Vaccination in Bombay 1902-1912 - 1902-1912
Year: 1902
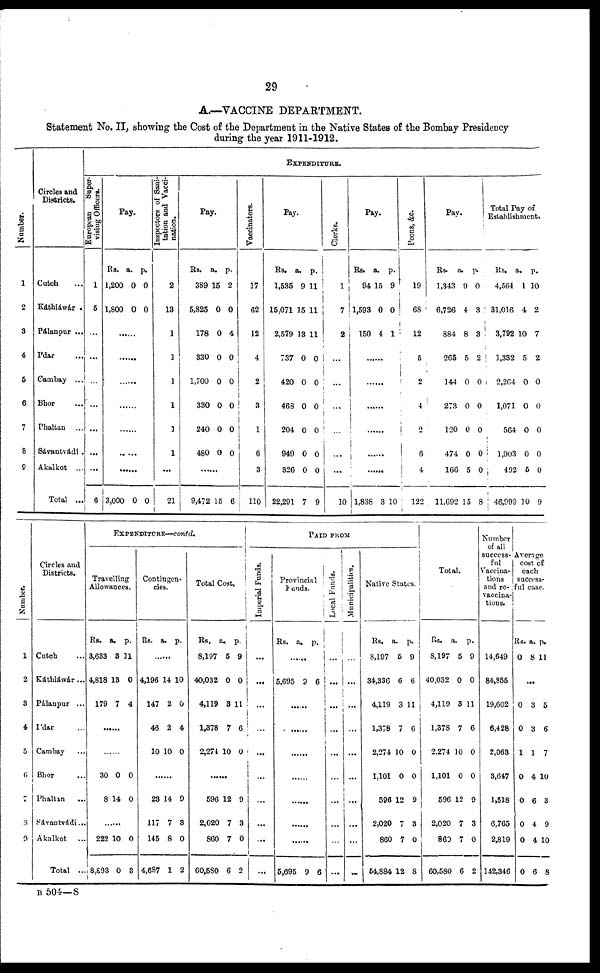
29
A.—VACCINE DEPARTMENT.
Statement No. II, showing the Cost of the Department in the Native States of the Bombay Presidency
during the year 1911-1912.
Number.
1
2
3
4
5
6
7
8
9
Circles and
Districts.
Cutch ...
Káthiáwár .
Pálanpur ...
Ídar ...
Cambay ...
Bhor ...
Phaltan ...
Sávantvadi .
Akalkot ...
Total ...
EXPENDITURE.
European
Super-
vising Officers.
1
5
...
...
...
...
...
...
...
6
Pay.
Rs.
1,200
1,800
a.
0
0
p.
0
0
......
......
......
......
......
......
......
3,000 0 0
Inspectors of Sani-
tation and Vacci-
nation.
2
13
1
1
1
1
1
1
...
21
Pay.
Rs.
389
5,825
178
330
1,700
330
240
480
a.
15
0
0
0
0
0
0
0
p.
2
0
4
0
0
0
0
0
......
9,472 15 6
Vaccinators.
17
62
12
4
2
3
1
6
3
110
Pay.
Rs.
1,535
15,071
2,579
737
420
468
204
949
326
22,291
a.
9
15
13
0
0
0
0
0
0
7
p.
11
11
11
0
0
0
0
0
0
9
Clerks.
1
7
2
...
...
...
...
...
...
10
Pay.
Rs.
94
1,593
150
a.
15
0
4
p.
9
0
1
......
......
......
......
......
......
1,838 3 10
Peons, &c.
19
68
12
5
2
4
2
6
4
122
Pay.
Rs.
1,343
6,726
884
265
144
273
120
474
166
11,692
a.
9
4
8
5
0
0
0
0
5
15
p.
0
3
3
2
0
0
0
0
0
8
Total Pay of
Establishment.
Rs.
4,564
31,016
3,792
1,332
2,264
1,071
564
1,903
492
46,999
a.
1
4
10
5
0
0
0
0
5
10
p.
10
2
7
2
0
0
0
0
0
9
Number.
1
2
3
4
5
6
7
8
9
Circles and
Districts.
Cutch ...
Káthiáwár...
Pálanpur ...
Ídar ...
Cambay ...
Bhor ...
Phaltan
...
Sávantvádi...
Akalkot
...
Total ...
EXPENDITURE—contd.
Travelling
Allowances.
Rs.
3,633
4,818
179
a.
3
13
7
p.
11
0
4
......
......
30
8
0
14
0
0
......
222
8,893
10
0
0
3
Contingen-
cies.
Rs.
a.
p.
......
4,196
147
46
10
14
2
2
10
10
0
4
0
......
23
117
145
4,687
14
7
8
1
9
3
0
2
Total Cost.
Rs.
8,197
40,032
4,119
1,378
2,274
a.
5
0
3
7
10
p.
9
0
11
6
0
......
596
2,020
860
60,580
12
7
7
6
9
3
0
2
PAID FROM
Imperial Funds.
...
...
...
...
...
...
...
...
...
...
Provincial
Funds.
Rs. a. p.
......
5,695 9 6
......
......
......
......
......
......
......
5,695 9 6
Local Funds.
...
...
...
...
...
...
...
...
...
...
Municipalities.
...
...
...
...
...
...
...
...
...
...
Native States.
Rs.
8,197
34,336
4,119
1,378
2,274
1,101
596
2,020
860
54,884
a.
5
6
3
7
10
0
12
7
7
12
p.
9
6
11
6
0
0
9
3
0
8
Total.
Rs.
8,197
40,032
4,119
1,378
2,274
1,101
596
2,020
860
60,580
a.
5
0
3
7
10
0
12
7
7
6
p.
9
0
11
6
0
0
9
3
0
2
Number
of all
success-
ful
Vaccina-
tions
and re-
vaccina-
tions.
14,649
84,855
19,602
6,428
2,063
3,647
1,518
6,765
2,819
142,346
Average
cost of
each
success-
ful case.
Rs.
0
a.
8
p.
11
......
0
0
1
0
0
0
0
0
3
3
1
4
6
4
4
6
5
6
7
10
3
9
10
8
B 504—8